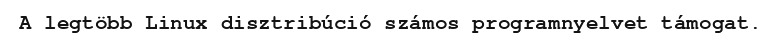
A legtöbb Linux disztribúció számos programnyelvet támogat.